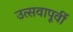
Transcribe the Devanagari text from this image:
उत्सवापूर्वी